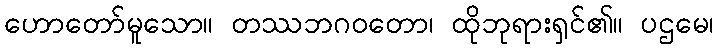
ဟောတော်မူသော။ တဿဘဂဝတော၊ ထိုဘုရားရှင်၏။ ပဌမေ၊